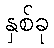
နှစ်ခု